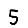
Digit: 5